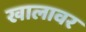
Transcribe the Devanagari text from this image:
खालावर